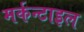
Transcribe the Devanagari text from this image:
मर्कन्टाइल